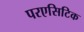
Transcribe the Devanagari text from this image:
परएसिटिक